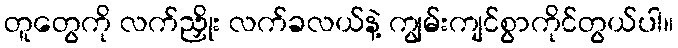
တူတွေကို လက်ညှိုး လက်ခလယ်နဲ့ ကျွမ်းကျင်စွာကိုင်တွယ်ပါ။